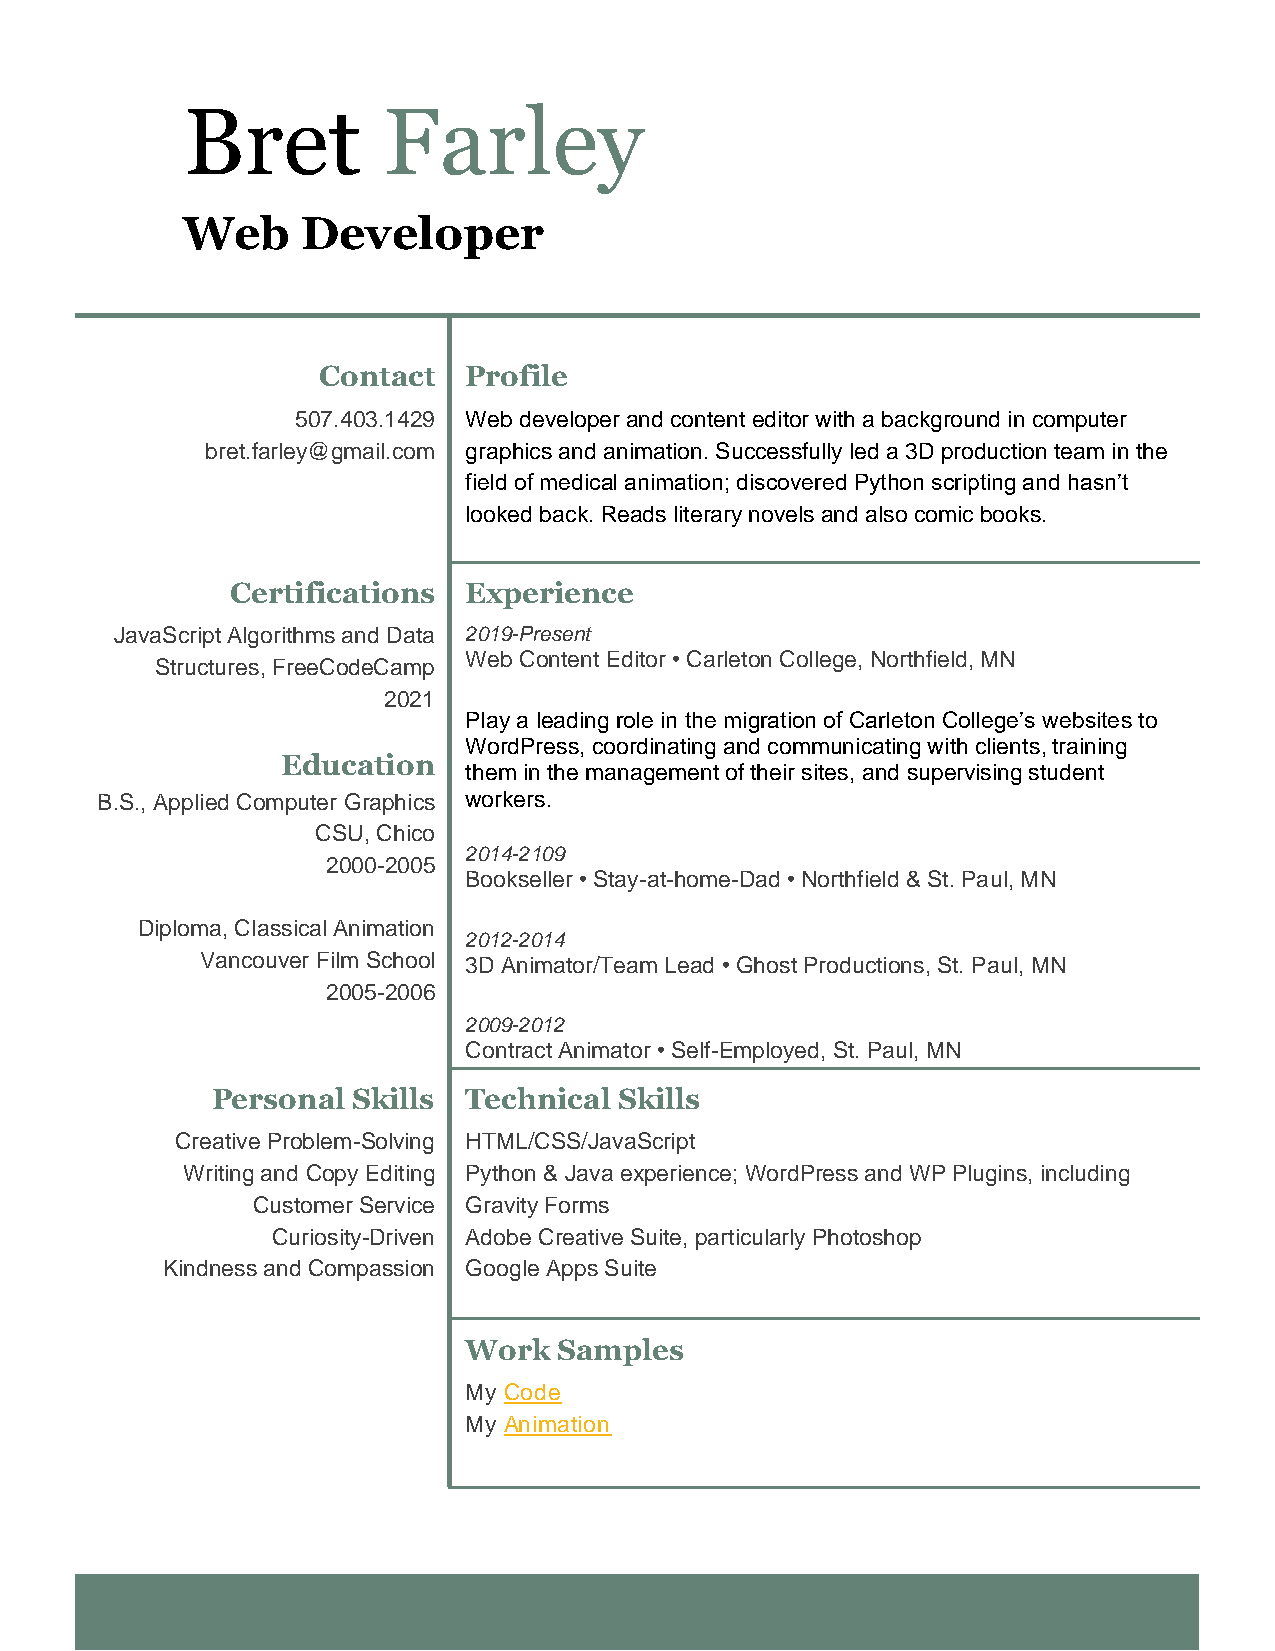
Bret         Farley
 Web     Developer
 Contact   Profile
 507.403.1429 Web developer and content editor with a background in computer
 bret.farley@gmail.com graphics and animation. Successfully led a 3D production team in the
 field of medical animation; discovered Python scripting and hasn’t
 looked back. Reads literary novels and also comic books.
 Certifications  Experience
 JavaScript Algorithms and Data 2019-Present
 Web Content Editor • Carleton College, Northfield, MN
 Structures, FreeCodeCamp
 2021
 Play a leading role in the migration of Carleton College’s websites to
 WordPress, coordinating and communicating with clients, training
 Education
 them in the management of their sites, and supervising student
 B.S., Applied Computer Graphics workers.
 CSU, Chico
 2014-2109
 2000-2005
 Bookseller • Stay-at-home-Dad • Northfield & St. Paul, MN
 Diploma, Classical Animation
 2012-2014
 Vancouver Film School 3D Animator/Team Lead • Ghost Productions, St. Paul, MN
 2005-2006
 2009-2012
 Contract Animator • Self-Employed, St. Paul, MN
 Personal Skills  Technical Skills
 Creative Problem-Solving HTML/CSS/JavaScript
 Writing and Copy Editing Python & Java experience; WordPress and WP Plugins, including
 Customer Service Gravity Forms
 Curiosity-Driven Adobe Creative Suite, particularly Photoshop
 Kindness and Compassion Google Apps Suite
 Work  Samples
 My Code
 My Animation